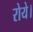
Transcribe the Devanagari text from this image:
रोये।